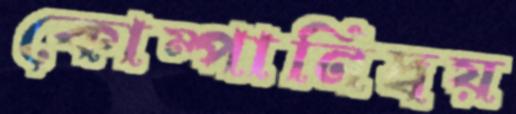
কোম্পানিদ্বয়